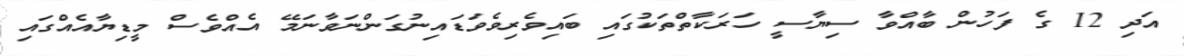
އަދި 12 ގެ ފަހުން ބާއްވާ ސިޔާސީ ހަރަކާތްތަކުގައި ބައިވެރިވެވަޑައިނުގަންނަވާނަމޭ އެއްވެސް މީޑިޔާއެއްގައި